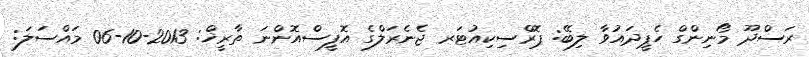
ރަސްދޫ މޯނިންގް ހެޕީދައުވާ ލިބޭ: ޕޮރްސިކިއުޓަރ ޖެނެރަލްގެ އޮފީސްއޮންނަ ތާރީޚް: 2013-10-06 މައްސަލަ: